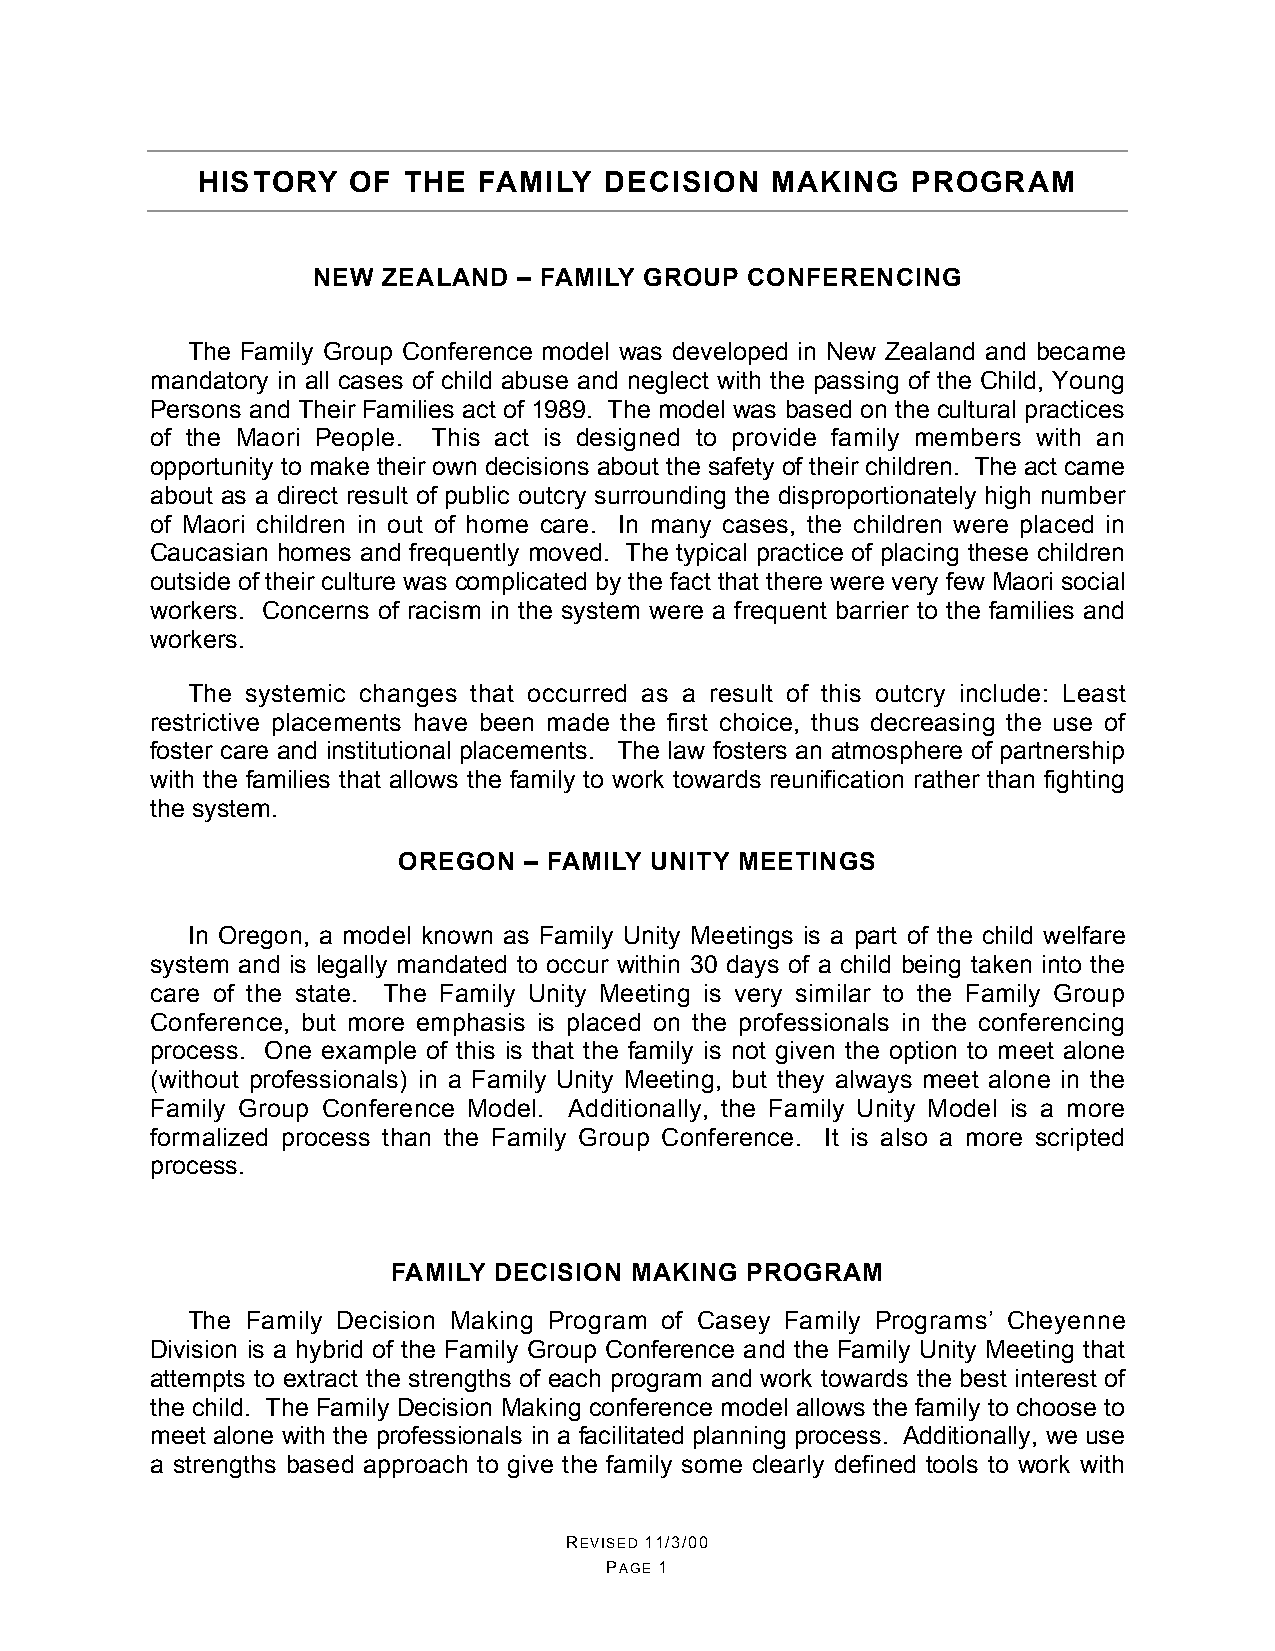
HISTORY   OF  THE  FAMILY  DECISION   MAKING   PROGRAM
 NEW ZEALAND  – FAMILY GROUP CONFERENCING
 The Family Group Conference model was developed in New Zealand and became
 mandatory in all cases of child abuse and neglect with the passing of the Child, Young
 Persons and Their Families act of 1989. The model was based on the cultural practices
 of the Maori People. This act is designed to provide family members with an
 opportunity to make their own decisions about the safety of their children. The act came
 about as a direct result of public outcry surrounding the disproportionately high number
 of Maori children in out of home care. In many cases, the children were placed in
 Caucasian homes and frequently moved. The typical practice of placing these children
 outside of their culture was complicated by the fact that there were very few Maori social
 workers. Concerns of racism in the system were a frequent barrier to the families and
 workers.
 The systemic changes that occurred as a result of this outcry include: Least
 restrictive placements have been made the first choice, thus decreasing the use of
 foster care and institutional placements. The law fosters an atmosphere of partnership
 with the families that allows the family to work towards reunification rather than fighting
 the system.
 OREGON   – FAMILY UNITY MEETINGS
 In Oregon, a model known as Family Unity Meetings is a part of the child welfare
 system and is legally mandated to occur within 30 days of a child being taken into the
 care of the state. The Family Unity Meeting is very similar to the Family Group
 Conference, but more emphasis is placed on the professionals in the conferencing
 process. One example of this is that the family is not given the option to meet alone
 (without professionals) in a Family Unity Meeting, but they always meet alone in the
 Family Group Conference Model. Additionally, the Family Unity Model is a more
 formalized process than the Family Group Conference. It is also a more scripted
 process.
 FAMILY DECISION MAKING PROGRAM
 The Family Decision Making Program of Casey Family Programs’ Cheyenne
 Division is a hybrid of the Family Group Conference and the Family Unity Meeting that
 attempts to extract the strengths of each program and work towards the best interest of
 the child. The Family Decision Making conference model allows the family to choose to
 meet alone with the professionals in a facilitated planning process. Additionally, we use
 a strengths based approach to give the family some clearly defined tools to work with
 REVISED 11/3/00
 PAGE 1